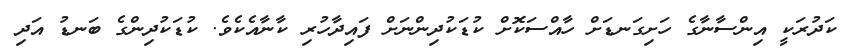
ކަދުރަކީ އިންސާނާގެ ހަށިގަނޑަށް ހާއްސަކޮށް ކުޑަކުދިންނަށް ފައިދާހުރި ކާނާއެކެވެ. ކުޑަކުދިންގެ ބަނޑު އަދި